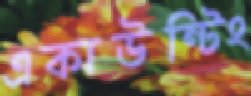
একাউন্টিং